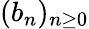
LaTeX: \textstyle(b_{n})_{n\geq 0}